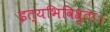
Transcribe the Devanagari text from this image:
इत्यभिविश्रुताः।